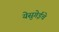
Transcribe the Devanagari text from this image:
येसुगेईचे